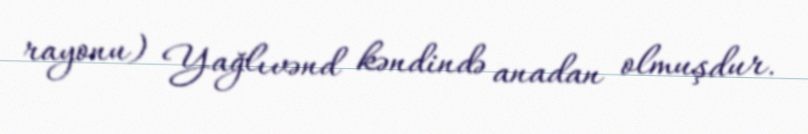
rayonu) Yağlıvənd kəndində anadan olmuşdur.